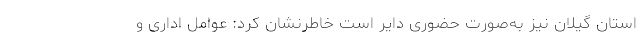
استان گیلان نیز به‌صورت حضوری دایر است خاطرنشان کرد: عوامل اداری و